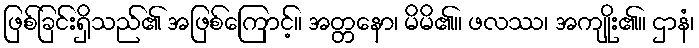
ဖြစ်ခြင်းရှိသည်၏ အဖြစ်ကြောင့်။ အတ္တနော၊ မိမိ၏။ ဖလဿ၊ အကျိုး၏။ ဌာနံ၊